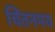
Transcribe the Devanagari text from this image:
चिंतनमय